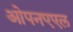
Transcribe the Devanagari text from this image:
ओपनएएल